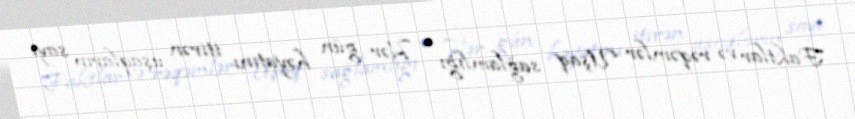
Faktlar və rəqəmlər Uşaq sağlamlığı • Hər gün həyatını itirən uşaqların sayı